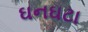
ઘનઘટા